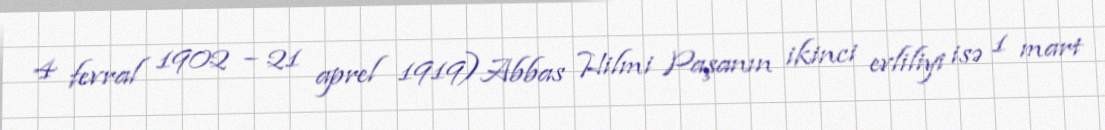
4 fevral 1902 – 21 aprel 1919)Abbas Hilmi Paşanın ikinci evliliyi isə 1 mart